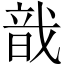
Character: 戠